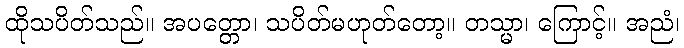
ထိုသပိတ်သည်။ အပတ္တော၊ သပိတ်မဟုတ်တော့။ တသ္မာ၊ ကြောင့်။ အညံ၊